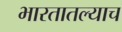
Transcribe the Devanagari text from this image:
भारतातल्याच